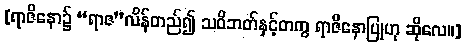
[ရာဇိနော၌ “ရာဇ”လိန်တည်၍ သဝိဘတ်နှင့်တကွ ရာဇိနောပြုဟု ဆိုလေ။]